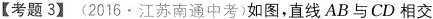
【考题3】(2016·江苏南通中考)如图，直线AB与CD相交